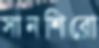
সানশিরো